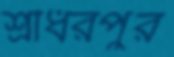
শ্রীধরপুর